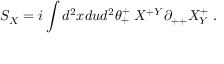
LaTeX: S _ { X } = i \int d ^ { 2 } x d u d ^ { 2 } \theta _ { + } ^ { + } \; X ^ { + Y } \partial _ { + + } X _ { Y } ^ { + } \; .